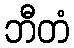
ဘီတံ